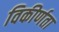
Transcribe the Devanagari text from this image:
विकीर्णता